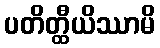
ပတိတ္ထီယိဿာမိ